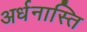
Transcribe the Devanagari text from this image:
अर्धनास्ति